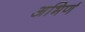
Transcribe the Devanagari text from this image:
अभिर्ण